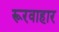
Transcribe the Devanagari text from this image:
रूरवाहार